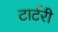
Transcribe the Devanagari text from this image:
टार्टरी